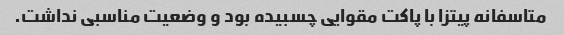
متاسفانه پیتزا با پاکت مقوایی چسبیده بود و وضعیت مناسبی نداشت.